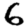
Digit: 6